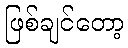
ဖြစ်ချင်တော့